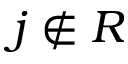
j \not \in R